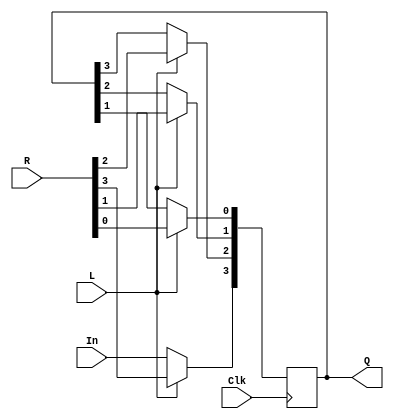
module shiftnbitp(L,R,Clk,In,Q);
parameter n = 4;
input [n-1:0]R;
input Clk,L,In;
output reg [n-1:0]Q;
integer k;
//right to left
always@(posedge Clk)
begin
	if (L) begin
		Q <= R;
	end else begin
		Q[n-1]<= In;
		for ( k = n-2 ; k >= 0 ; k = k - 1) begin
			Q[k] <= Q[k+1];
		end
	end
end
endmodule


//left ot right
/*always@(posedge Clk)
begin
	if (L) begin
		Q <= R;
		
	end else begin
		for (k = 0; k < n -1 ; k = k + 1) begin
		Q[k] <= Q[k+1];
		end
	end
		Q[n-1] = In;
end

endmodule
*/